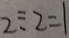
2 \div 2 = 1